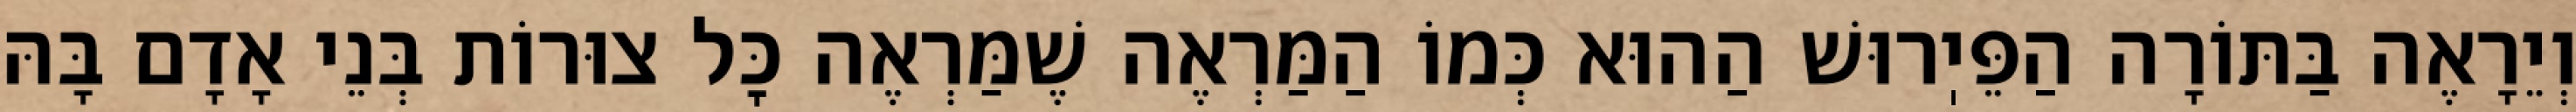
וְיֵרָאֶה בַּתּוֹרָה הַפֵּיֽרוּשׁ הַהוּא כְּמוֹ הַמַּרְאֶה שֶׁמַּרְאֶה כׇּל צוּרוֹת בְּנֵי אָדָם בָּהּ